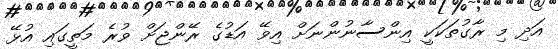
އަދި މި ރާގުތަކަކީ އިންސާނުންނަށް އިވޭ އަޑުގެ ރޭންޖަށް ވުރެ މަތީގައި އުޅޭ